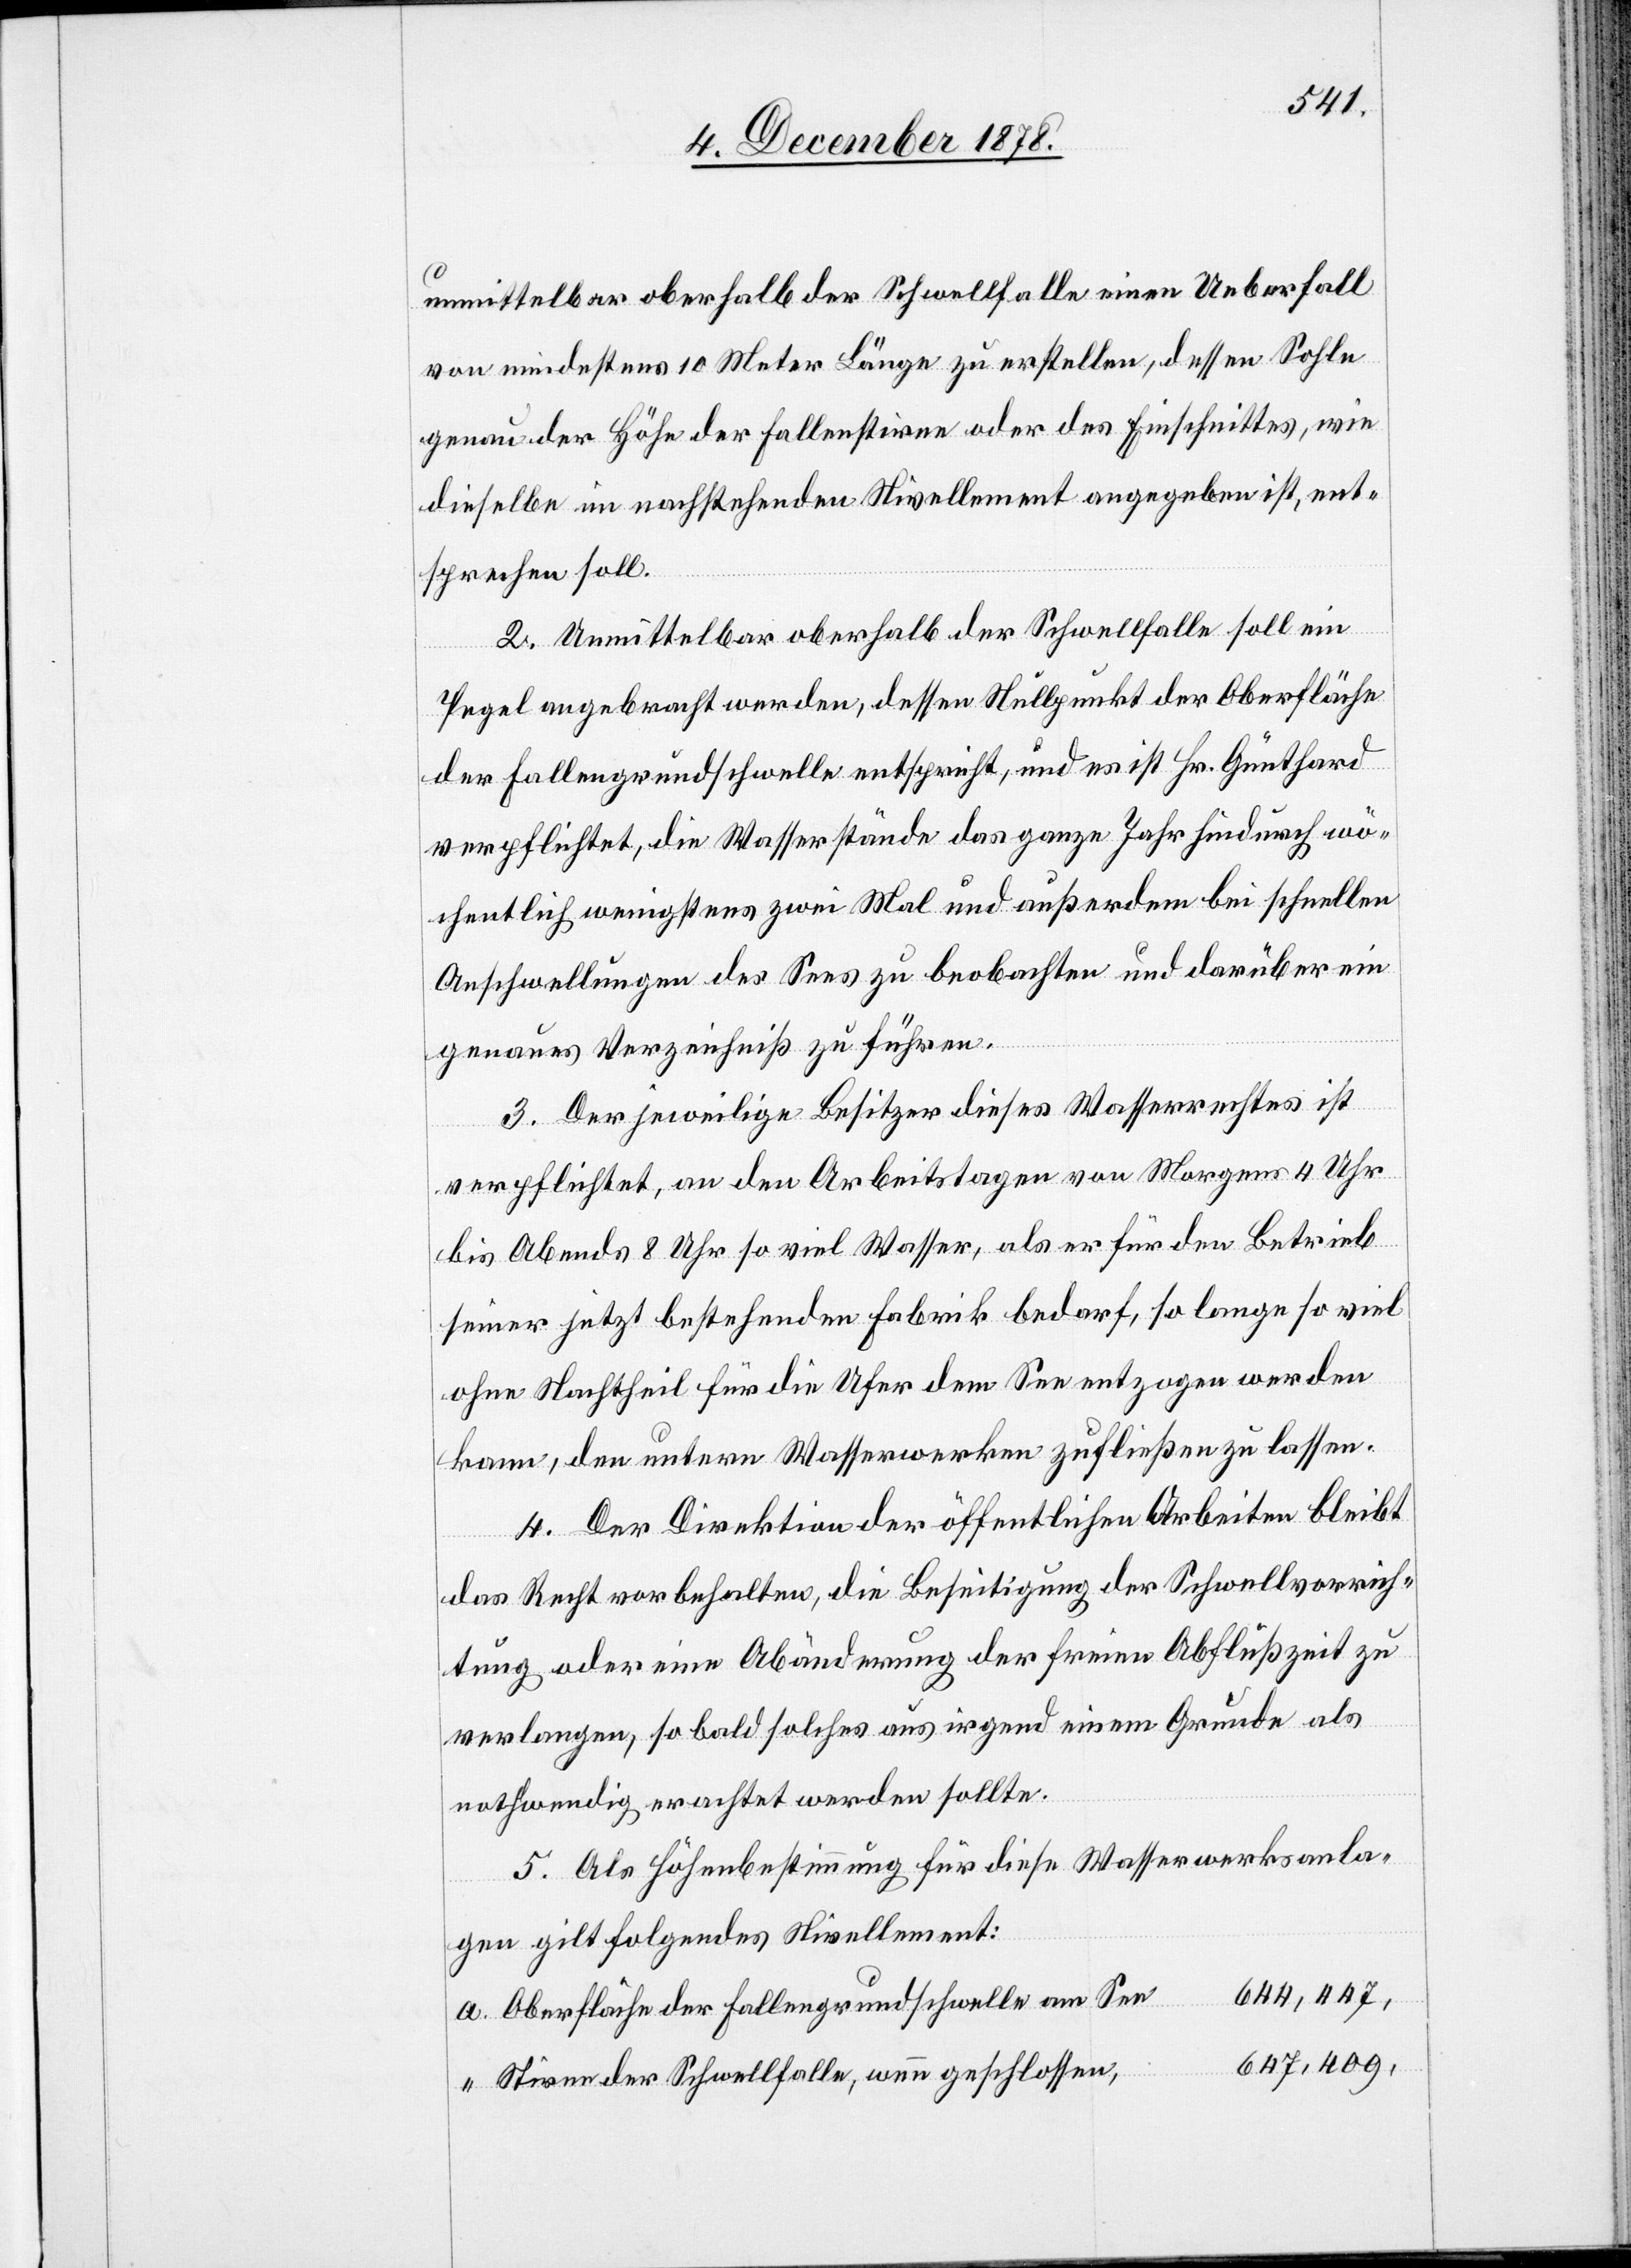
unmittelbar oberhalb der Schwellfalle einen Ueberfall
von mindestens 10 Meter Länge zu erstellen, dessen Sohle
genau der Höhe der Fallenstirne oder des Einschnittes, wie
dieselbe im nachstehenden Nivellement angegeben ist, ent¬
sprechen soll.
2. Unmittelbar oberhalb der Schwellfalle soll ein
Pegel angebracht werden, dessen Nullpunkt der Oberfläche
der Fallengrundschwelle entspricht, und es ist Hr. Günthard
verpflichtet, die Wasserstände das ganze Jahr hindurch wö¬
chentlich wenigstens zwei Mal und außerdem bei schnellen
Anschwellungen des Sees zu beobachten und darüber ein
genaues Verzeichniß zu führen.
3. Der jeweilige Besitzer dieses Wasserrechtes ist
verpflichtet, an den Arbeitstagen von Morgens 4 Uhr
bis Abends 8 Uhr so viel Wasser, als er für den Betrieb
seiner jetzt bestehenden Fabrik bedarf, so lange so viel
ohne Nachtheil für die Ufer dem See entzogen werden
kann, den unterm Wasserwerken zufließen zu lassen.
4. Der Direktion der öffentlichen Arbeiten bleibt
das Recht vorbehalten, die Beseitigung der Schwellvorrich¬
tung oder eine Abänderung der freien Abflußzeit zu
verlangen, so bald solches aus irgend einem Grunde als
nothwendig erachtet werden sollte.
5. Als Höhenbestimmung für diese Wasserwerksanla¬
a.
gen gilt folgendes Nivellement:
644,447,
Oberfläche der Fallengrundschwelle am See
647,409,
Stirne der Schwellfalle, wenn geschlossen,